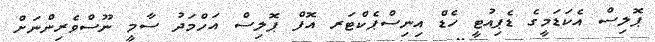
ޕޮލިސް އެކަޑަމީގެ ޑެޕިއުޓީ ހެޑް އިނިސްޕެކްޓަރ އޮފް ޕޮލިސް އަހްމަދު ސާމީ ނޫސްވެރިންނަށް